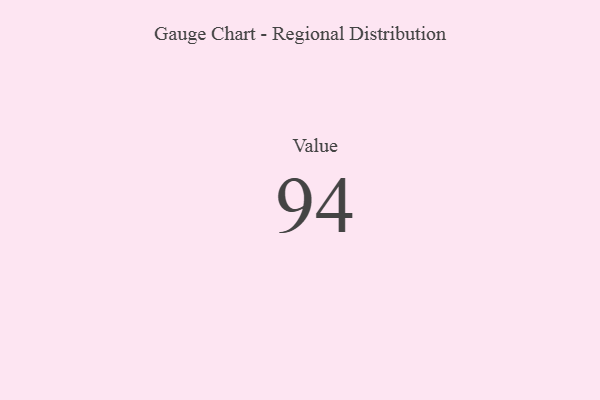
{"axis": {"x": "Metric", "y": "Value"}, "legend": [""], "data": [{"x": "Value", "y": 94, "type": ""}]}